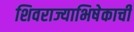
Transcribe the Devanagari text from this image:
शिवराज्याभिषेकाची